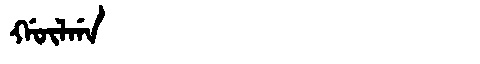
Manchu: ᡤᡡᠯᡤᠠ
Romanization: GŪLGA